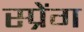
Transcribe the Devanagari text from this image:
स्प्रेंग